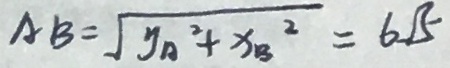
A B = \sqrt { y _ { A } ^ { 2 } + x _ { B } ^ { 2 } } = 6 \sqrt { 5 }